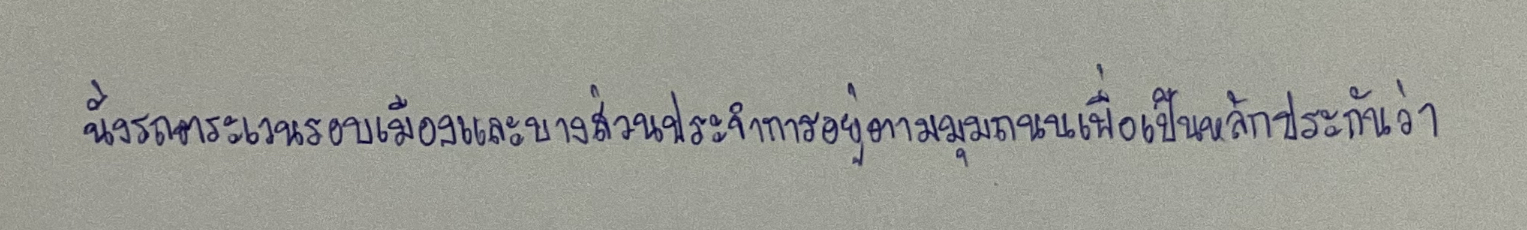
นั่งรถตระเวนรอบเมืองและบางส่วนประจำการอยู่ตามมุมถนนเพื่อเป็นหลักประกันว่า